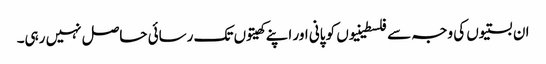
ان بستیوں کی وجہ سے فلسطینیوں کو پانی اور اپنے کھیتوں تک رسائی حاصل نہیں رہی۔